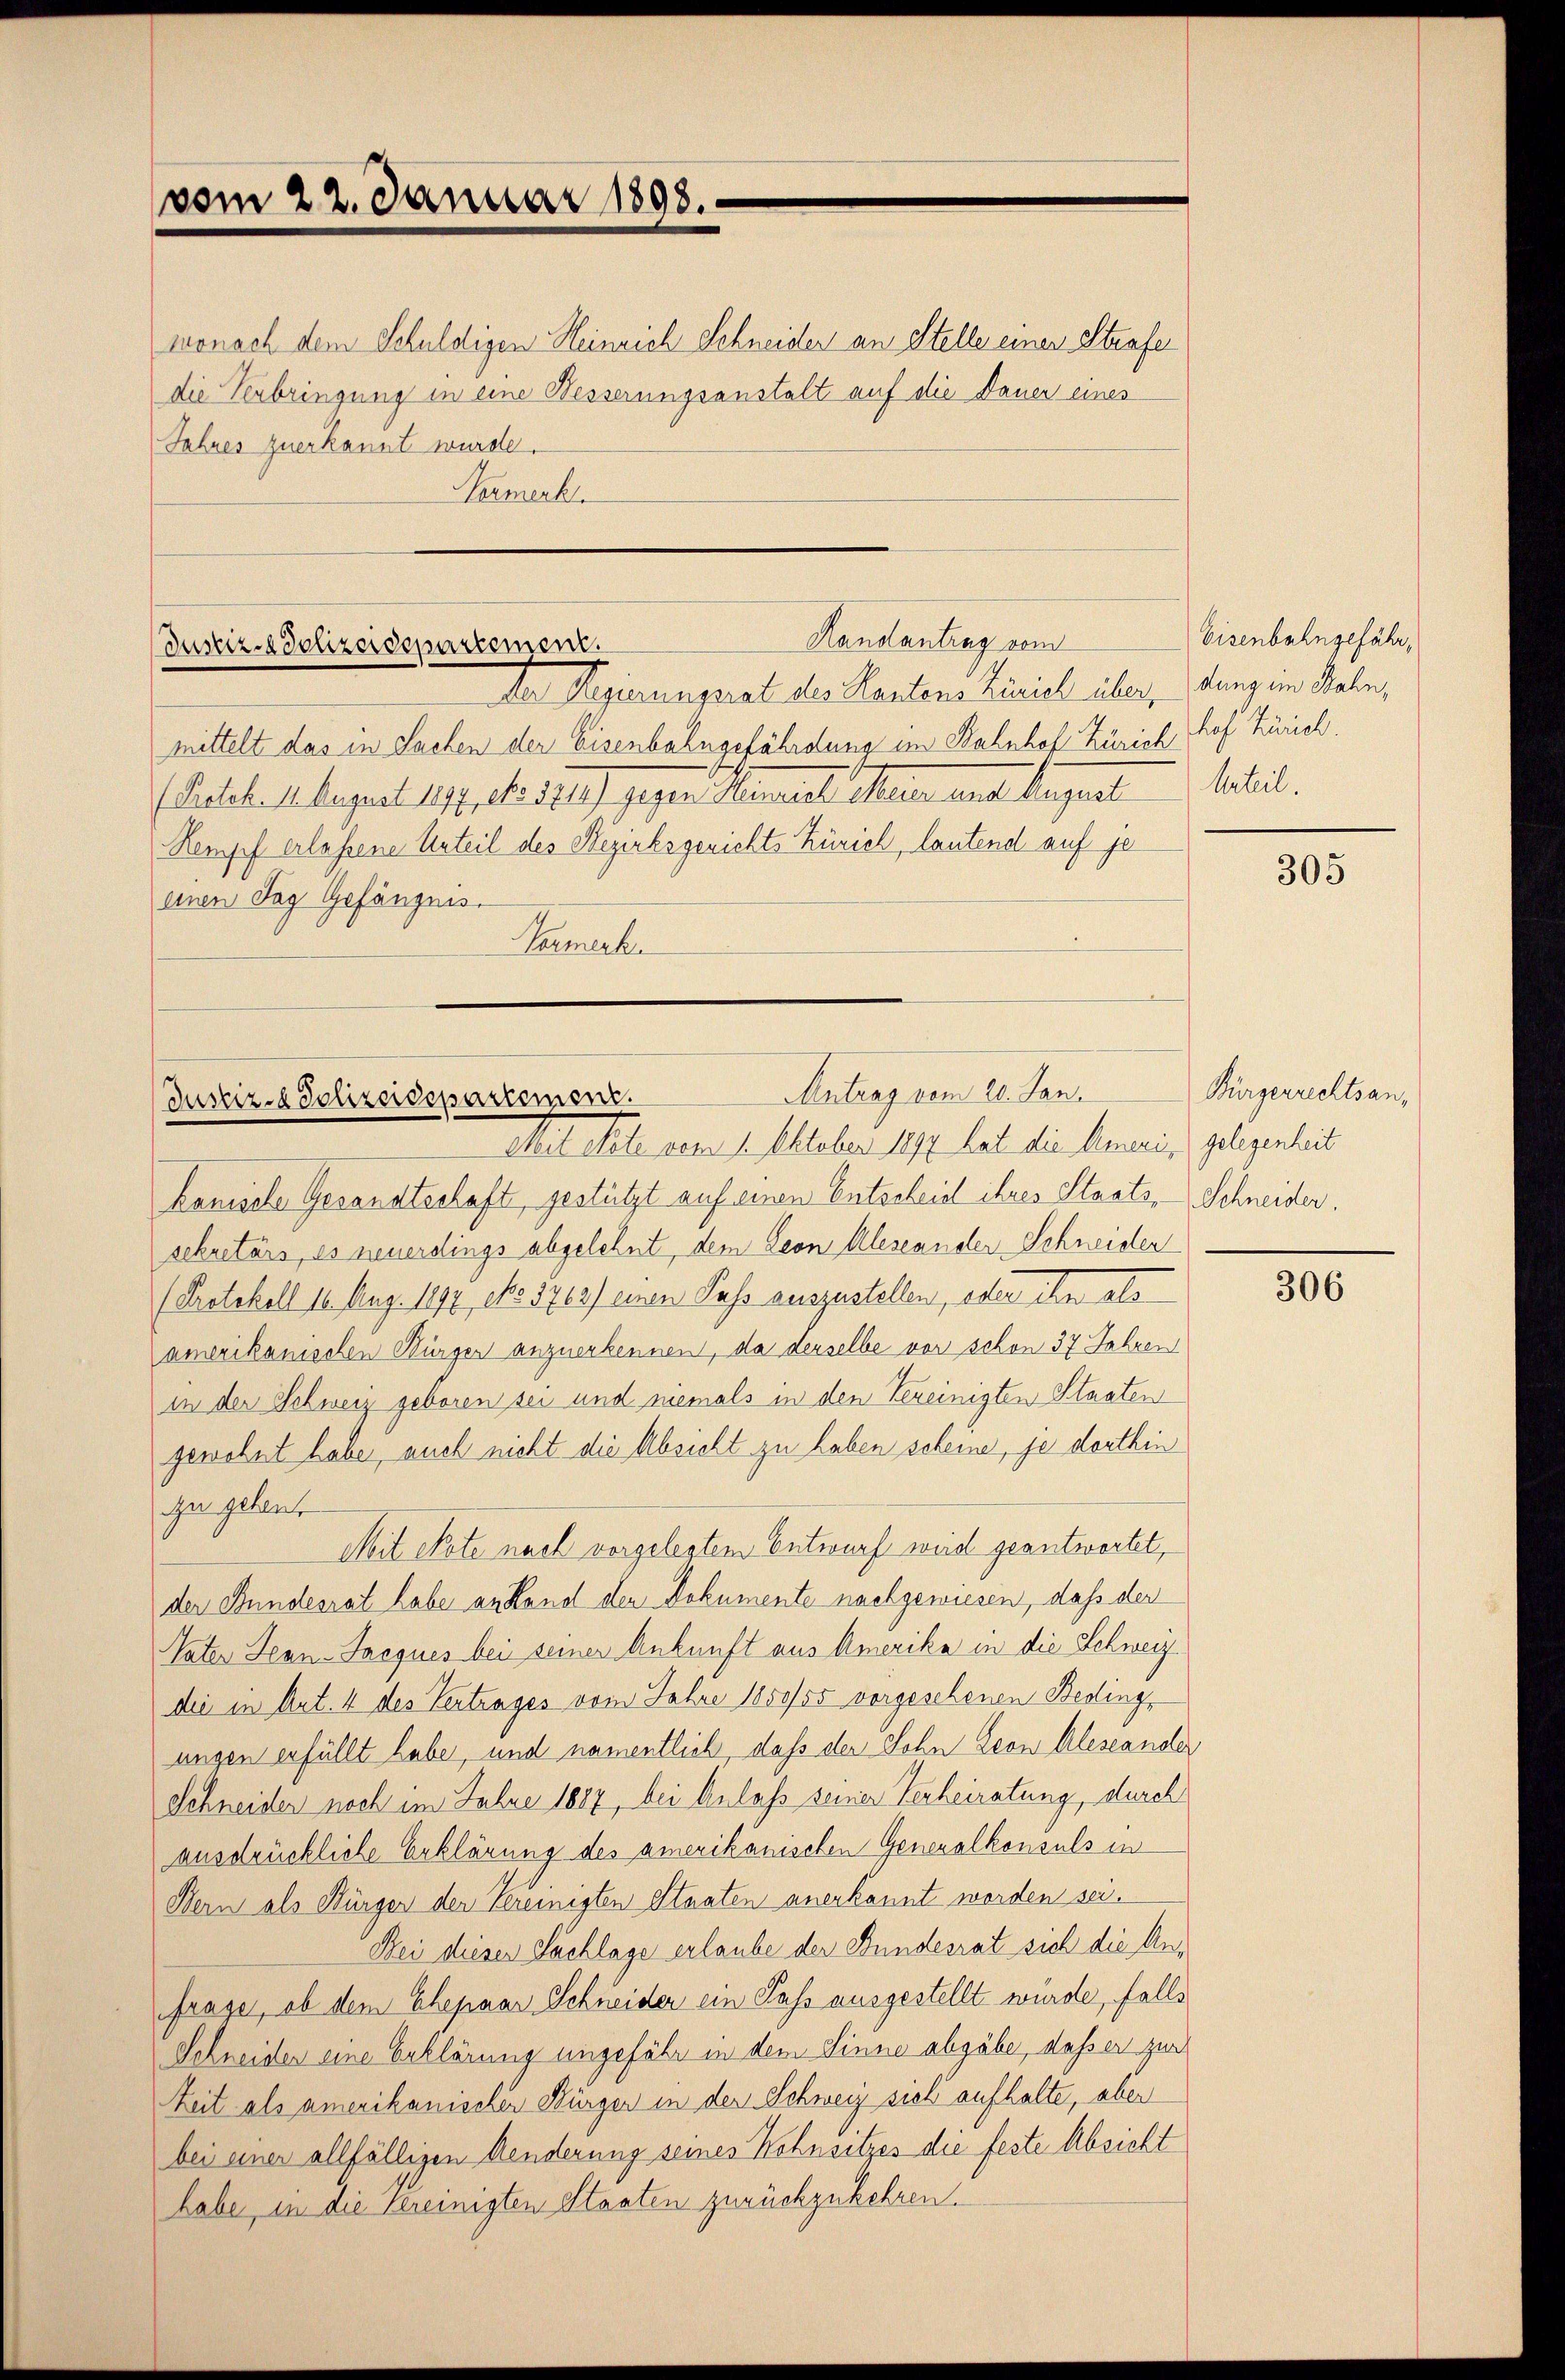
vom 22. Januar 1898.

wonach dem Schuldigen Heinrich Schneider an Stelle einen Strafe
die Verbringung in eine Besserungsanstalt auf die Dauer eines
Jahres zuerkannt wurde.
Normerk

Handantrag vom
Justiz-Polizeidepartement.

Mutrag vom 20. Jan.
Justiz- & Polizeidepartement.

Der Regierungrat des Kantons Zürich über, Gang in Sale,
mittelt das in Sachen der Eisenbahngefährdung im Bahnhof Zürich Prof Zürich.
(Salat. August 177. 1. 529 gegen Mannert Mein ait langent
Kempf erlassene Urteil des Bezirksgerichts Zürich, lautend auf je
einen Tag Gefängnis.
Tumerk

Eisenbahngefähr,
Urteil.

Seit Note vom 1. Oktober 1897 hat die Ameri, gelegenheit
kanische Gesandtschaft, gestützt auf einen Entscheid ihres Staats-Schneider,
sekretärs, es neuerdings abgelehnt, dem Leon Aleseander Schneiden
(Protokoll 10. Aug. 1897, No 5702) einen Pass auszustellen, oder ihn als
amerikanischen Würger anzuerkennen, da derselbe vor schon 37 Jahren
in der Schweiz geboren sei und niemals in den Vereinigten Staaten
gewohnt habe, auch nicht die Absicht zu haben scheine, je dorthin
zu geben.
Mit Note nach vorgelestem Entwurf weid geantwortet,
der Bundesrat habe an Hand den Dokumente nachgewiesen, daß der
Vater Jean-Jacques bei seiner Ankunft aus Amerika in die Schweiz
die in Ant. 4 des Vertrages vom Jahre 1850/55 vorgeschenen Beding,
ungen erfüllt habe, und namentlich, daß der Sohn Leon Aleseander
Schneider noch im Jahre 1887, bei Anlaß seiner Verheiratung, durch
ausdrückliche Erklärung des amerikanischen Generalkonsuls in
Bern als Bürger der Vereinigten Staaten anerkannt worden sei.
Bei dieser Sachlage erlaube der Bundesrat sich die Anfrage, ob dem Ehepaar Schneider ein Pass ausgestellt würde, falls
Schneider eine Erklärung ungefähr in dem Sinne abgäbe, daß er zur
Zeit als amerikanischer Bürger in der Schweiz sich aufhalte, aber
bei einer allfälligen Aenderung seines Wohnsitzes die feste Absicht
habe, in die Vereinigten Staaten zurückzukehren.

305

Bürgerrechtsan,

306